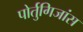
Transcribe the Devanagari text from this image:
पोर्तुगिजांस